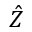
\hat { Z }